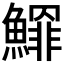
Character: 𩻲